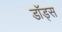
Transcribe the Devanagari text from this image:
डॉड्स